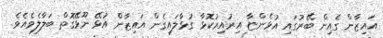
އައިޒާން ގެއިން ބޭރުގައި އުޅެންޏާ އިރުއިރުކޮޅާ ގުޅާލައިގެން އައިޒާން އުޅޭ ނޫޅޭގޮތް ބަލާލެވެއެވެ.